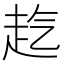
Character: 𧺞